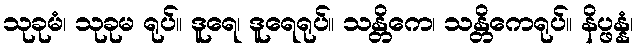
သုခုမံ၊ သုခုမ ရုပ်။ ဒူရေ၊ ဒူရေရုပ်။ သန္တိကေ၊ သန္တိကေရုပ်။ နိပ္ဖန္နံ၊